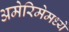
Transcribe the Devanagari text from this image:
अमेरिमेमध्ये